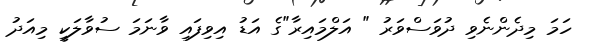
ހަމަ މިދެންނެވި ދުވަސްވަރު " އަލްމައިރާ"ގެ އަޑު އިވިފައި ވާނަމަ ސުވާލަކީ މިއަދު